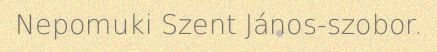
Nepomuki Szent János-szobor.